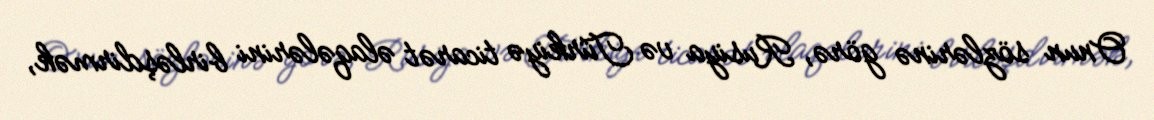
Onun sözlərinə görə, Rusiya və Türkiyə ticarət əlaqələrini birləşdirmək,